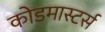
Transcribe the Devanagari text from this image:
कोडमास्टर्स